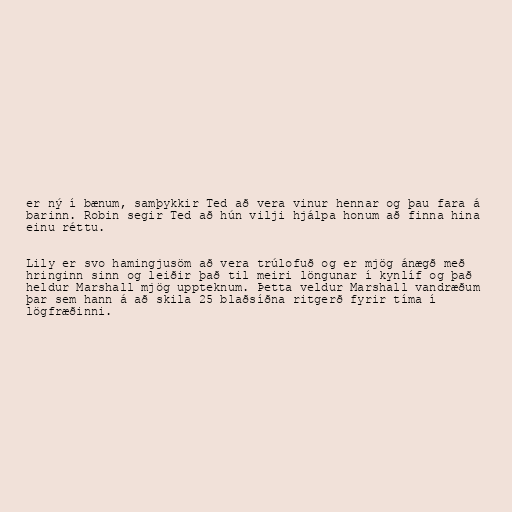
er ný í bænum, samþykkir Ted að vera vinur hennar og þau fara á
barinn. Robin segir Ted að hún vilji hjálpa honum að finna hina
einu réttu.

Lily er svo hamingjusöm að vera trúlofuð og er mjög ánægð með
hringinn sinn og leiðir það til meiri löngunar í kynlíf og það
heldur Marshall mjög uppteknum. Þetta veldur Marshall vandræðum
þar sem hann á að skila 25 blaðsíðna ritgerð fyrir tíma í
lögfræðinni.